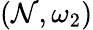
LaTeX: (\mathcal{N},\omega_{2})